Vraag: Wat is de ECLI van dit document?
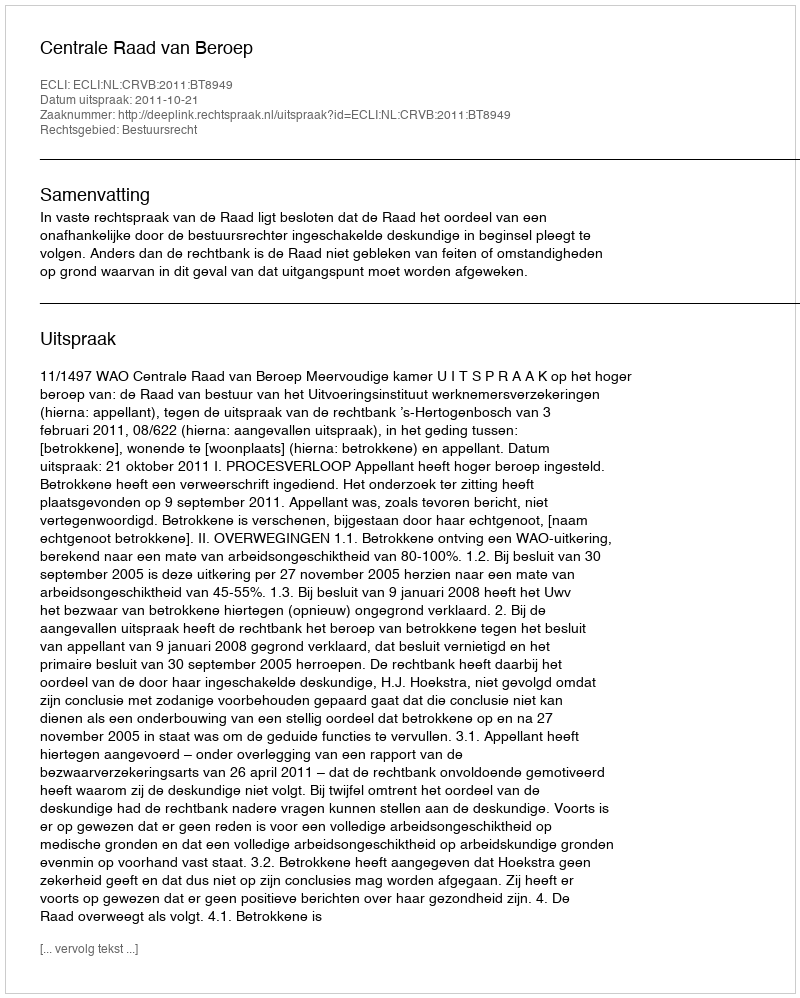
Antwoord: ECLI:NL:CRVB:2011:BT8949